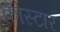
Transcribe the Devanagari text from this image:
कोस्टार